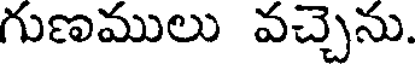
గుణములు వచ్చెను.